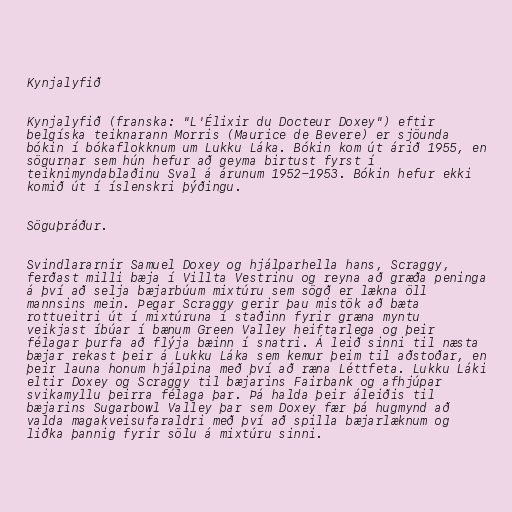
Kynjalyfið

Kynjalyfið (franska: "L'Élixir du Docteur Doxey") eftir
belgíska teiknarann Morris (Maurice de Bevere) er sjöunda
bókin í bókaflokknum um Lukku Láka. Bókin kom út árið 1955, en
sögurnar sem hún hefur að geyma birtust fyrst í
teiknimyndablaðinu Sval á árunum 1952-1953. Bókin hefur ekki
komið út í íslenskri þýðingu.

Söguþráður.

Svindlararnir Samuel Doxey og hjálparhella hans, Scraggy,
ferðast milli bæja í Villta Vestrinu og reyna að græða peninga
á því að selja bæjarbúum mixtúru sem sögð er lækna öll
mannsins mein. Þegar Scraggy gerir þau mistök að bæta
rottueitri út í mixtúruna í staðinn fyrir græna myntu
veikjast íbúar í bænum Green Valley heiftarlega og þeir
félagar þurfa að flýja bæinn í snatri. Á leið sinni til næsta
bæjar rekast þeir á Lukku Láka sem kemur þeim til aðstoðar, en
þeir launa honum hjálpina með því að ræna Léttfeta. Lukku Láki
eltir Doxey og Scraggy til bæjarins Fairbank og afhjúpar
svikamyllu þeirra félaga þar. Þá halda þeir áleiðis til
bæjarins Sugarbowl Valley þar sem Doxey fær þá hugmynd að
valda magakveisufaraldri með því að spilla bæjarlæknum og
liðka þannig fyrir sölu á mixtúru sinni.